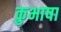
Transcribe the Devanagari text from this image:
कुभाषा